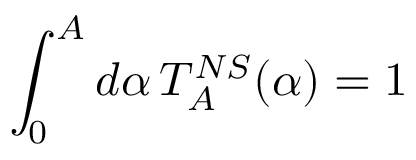
\int _ { 0 } ^ { A } d \alpha \, T _ { A } ^ { N S } ( \alpha ) = 1